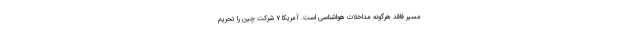
مسیر فاقد هرگونه مداخلات هواشناسی است. آمریکا ۷ شرکت چین را تحریم